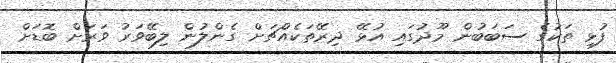
ފުޅި ތަކުގެ ސަބަބުން މޫދުގައި އުޅޭ ދިރޭތަކެއްޗަށް ގެންލުން ލިބޭވަރު ވަރަށް ބޮޑަށް